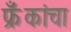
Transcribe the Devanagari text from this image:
फ्रँकांचा